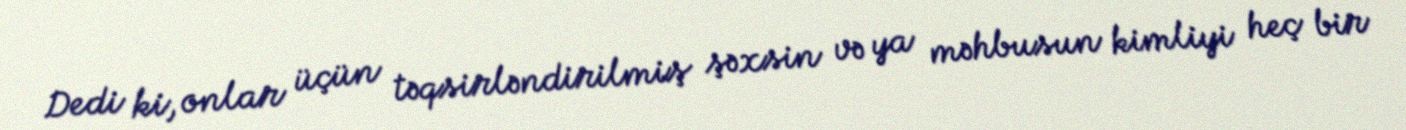
Dedi ki, onlar üçün təqsirləndirilmiş şəxsin və ya məhbusun kimliyi heç bir